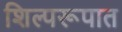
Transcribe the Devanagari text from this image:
शिल्परूपात